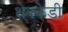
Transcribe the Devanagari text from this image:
थेक्केडी